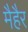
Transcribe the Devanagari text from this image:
मैहैर